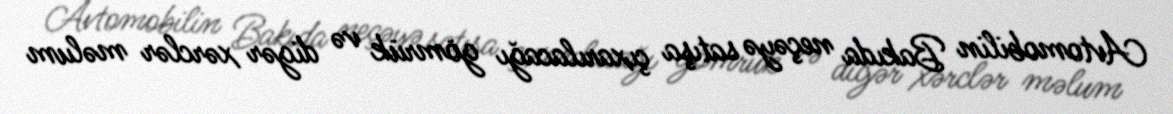
Avtomobilin Bakıda neçəyə satışa çıxarılacağı gömrük və digər xərclər məlum